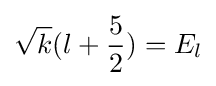
{\sqrt {k}}(l+{\frac {5}{2}})=E_{l}